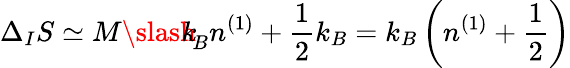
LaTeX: \Delta_{I}S\simeq M{\slash\! \! \! k}_{\! {B}}n^{(1)}+\frac{1}{2}k_{B}=k_{B}\left(n^{(1)}+\frac{1}{2}\right)